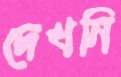
দেখনি